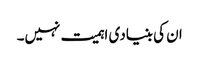
ان کی بنیادی اہمیت نہیں۔